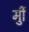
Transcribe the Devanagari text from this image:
र्मुी